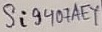
Text: Si9407AEY